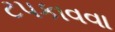
ટપકાવવા